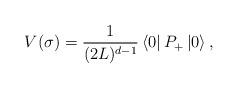
LaTeX: \begin{align*}V(\sigma)={1 \over (2L)^{d-1}}\left\langle 0 \right\vert P_+ \left\vert 0 \right\rangle,\end{align*}